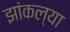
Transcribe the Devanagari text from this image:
झांकल्या